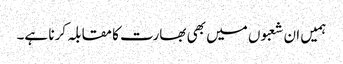
ہمیں ان شعبوں میں بھی بھارت کا مقابلہ کرنا ہے۔